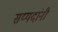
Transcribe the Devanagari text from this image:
सय्यदांनी